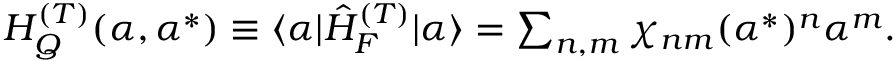
\begin{array} { r } { H _ { Q } ^ { ( T ) } ( \alpha , \alpha ^ { * } ) \equiv \langle \alpha | \hat { H } _ { F } ^ { ( T ) } | \alpha \rangle = \sum _ { n , m } \chi _ { n m } ( \alpha ^ { * } ) ^ { n } \alpha ^ { m } . } \end{array}